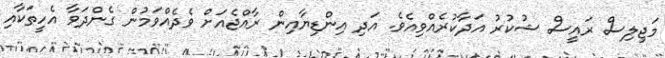
މަޖިލިސް ރައީސް ޝުކުރު އަދާކުރެއްވިއެވެ. އަދި އިންޑިޔާއިން ރާއްޖެއަށް ވެދެއްވަމުން ގެންދަވާ އެހީތަކާއި